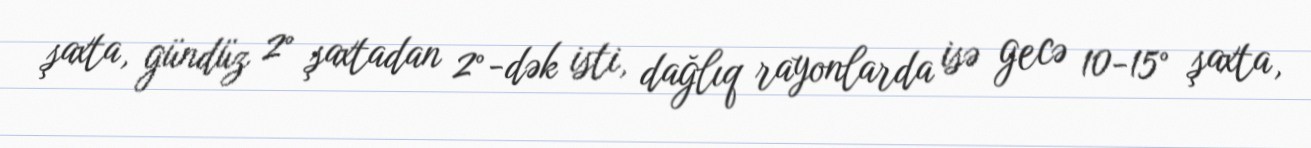
şaxta, gündüz 2° şaxtadan 2°-dək isti, dağlıq rayonlarda isə gecə 10-15° şaxta,